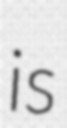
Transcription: is